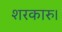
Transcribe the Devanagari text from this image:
शरकारु।